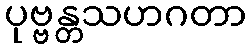
ပုဗ္ဗန္တသဟဂတာ